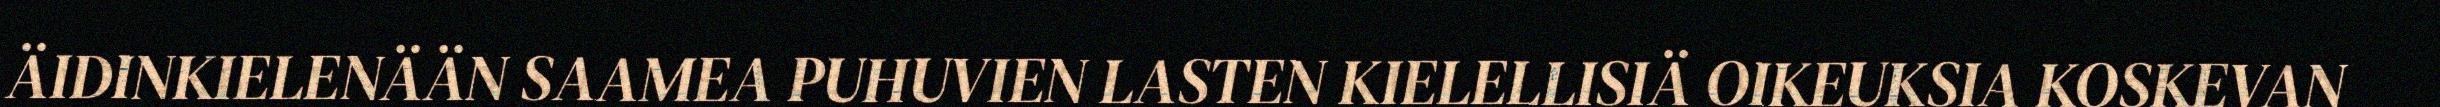
ÄIDINKIELENÄÄN SAAMEA PUHUVIEN LASTEN KIELELLISIÄ OIKEUKSIA KOSKEVAN